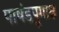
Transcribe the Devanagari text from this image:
पाषंडपूगाश्च